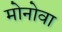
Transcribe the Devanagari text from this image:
मोनोवा